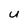
Character: U